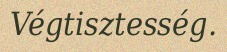
Végtisztesség.